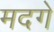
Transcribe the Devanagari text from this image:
मदगे